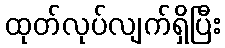
ထုတ်လုပ်လျက်ရှိပြီး